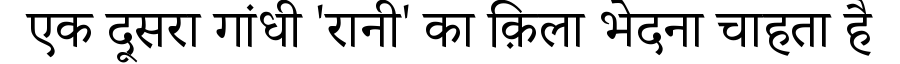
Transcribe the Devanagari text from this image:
एक दूसरा गांधी 'रानी' का क़िला भेदना चाहता है